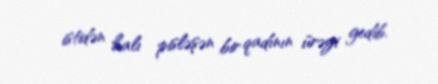
istidən halı pisləşən bir qadının ürəyi gedib.